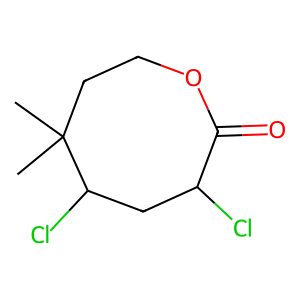
SMILES: CC1(C)CCOC(=O)C(Cl)CC1Cl
Inhibits HIV replication: No